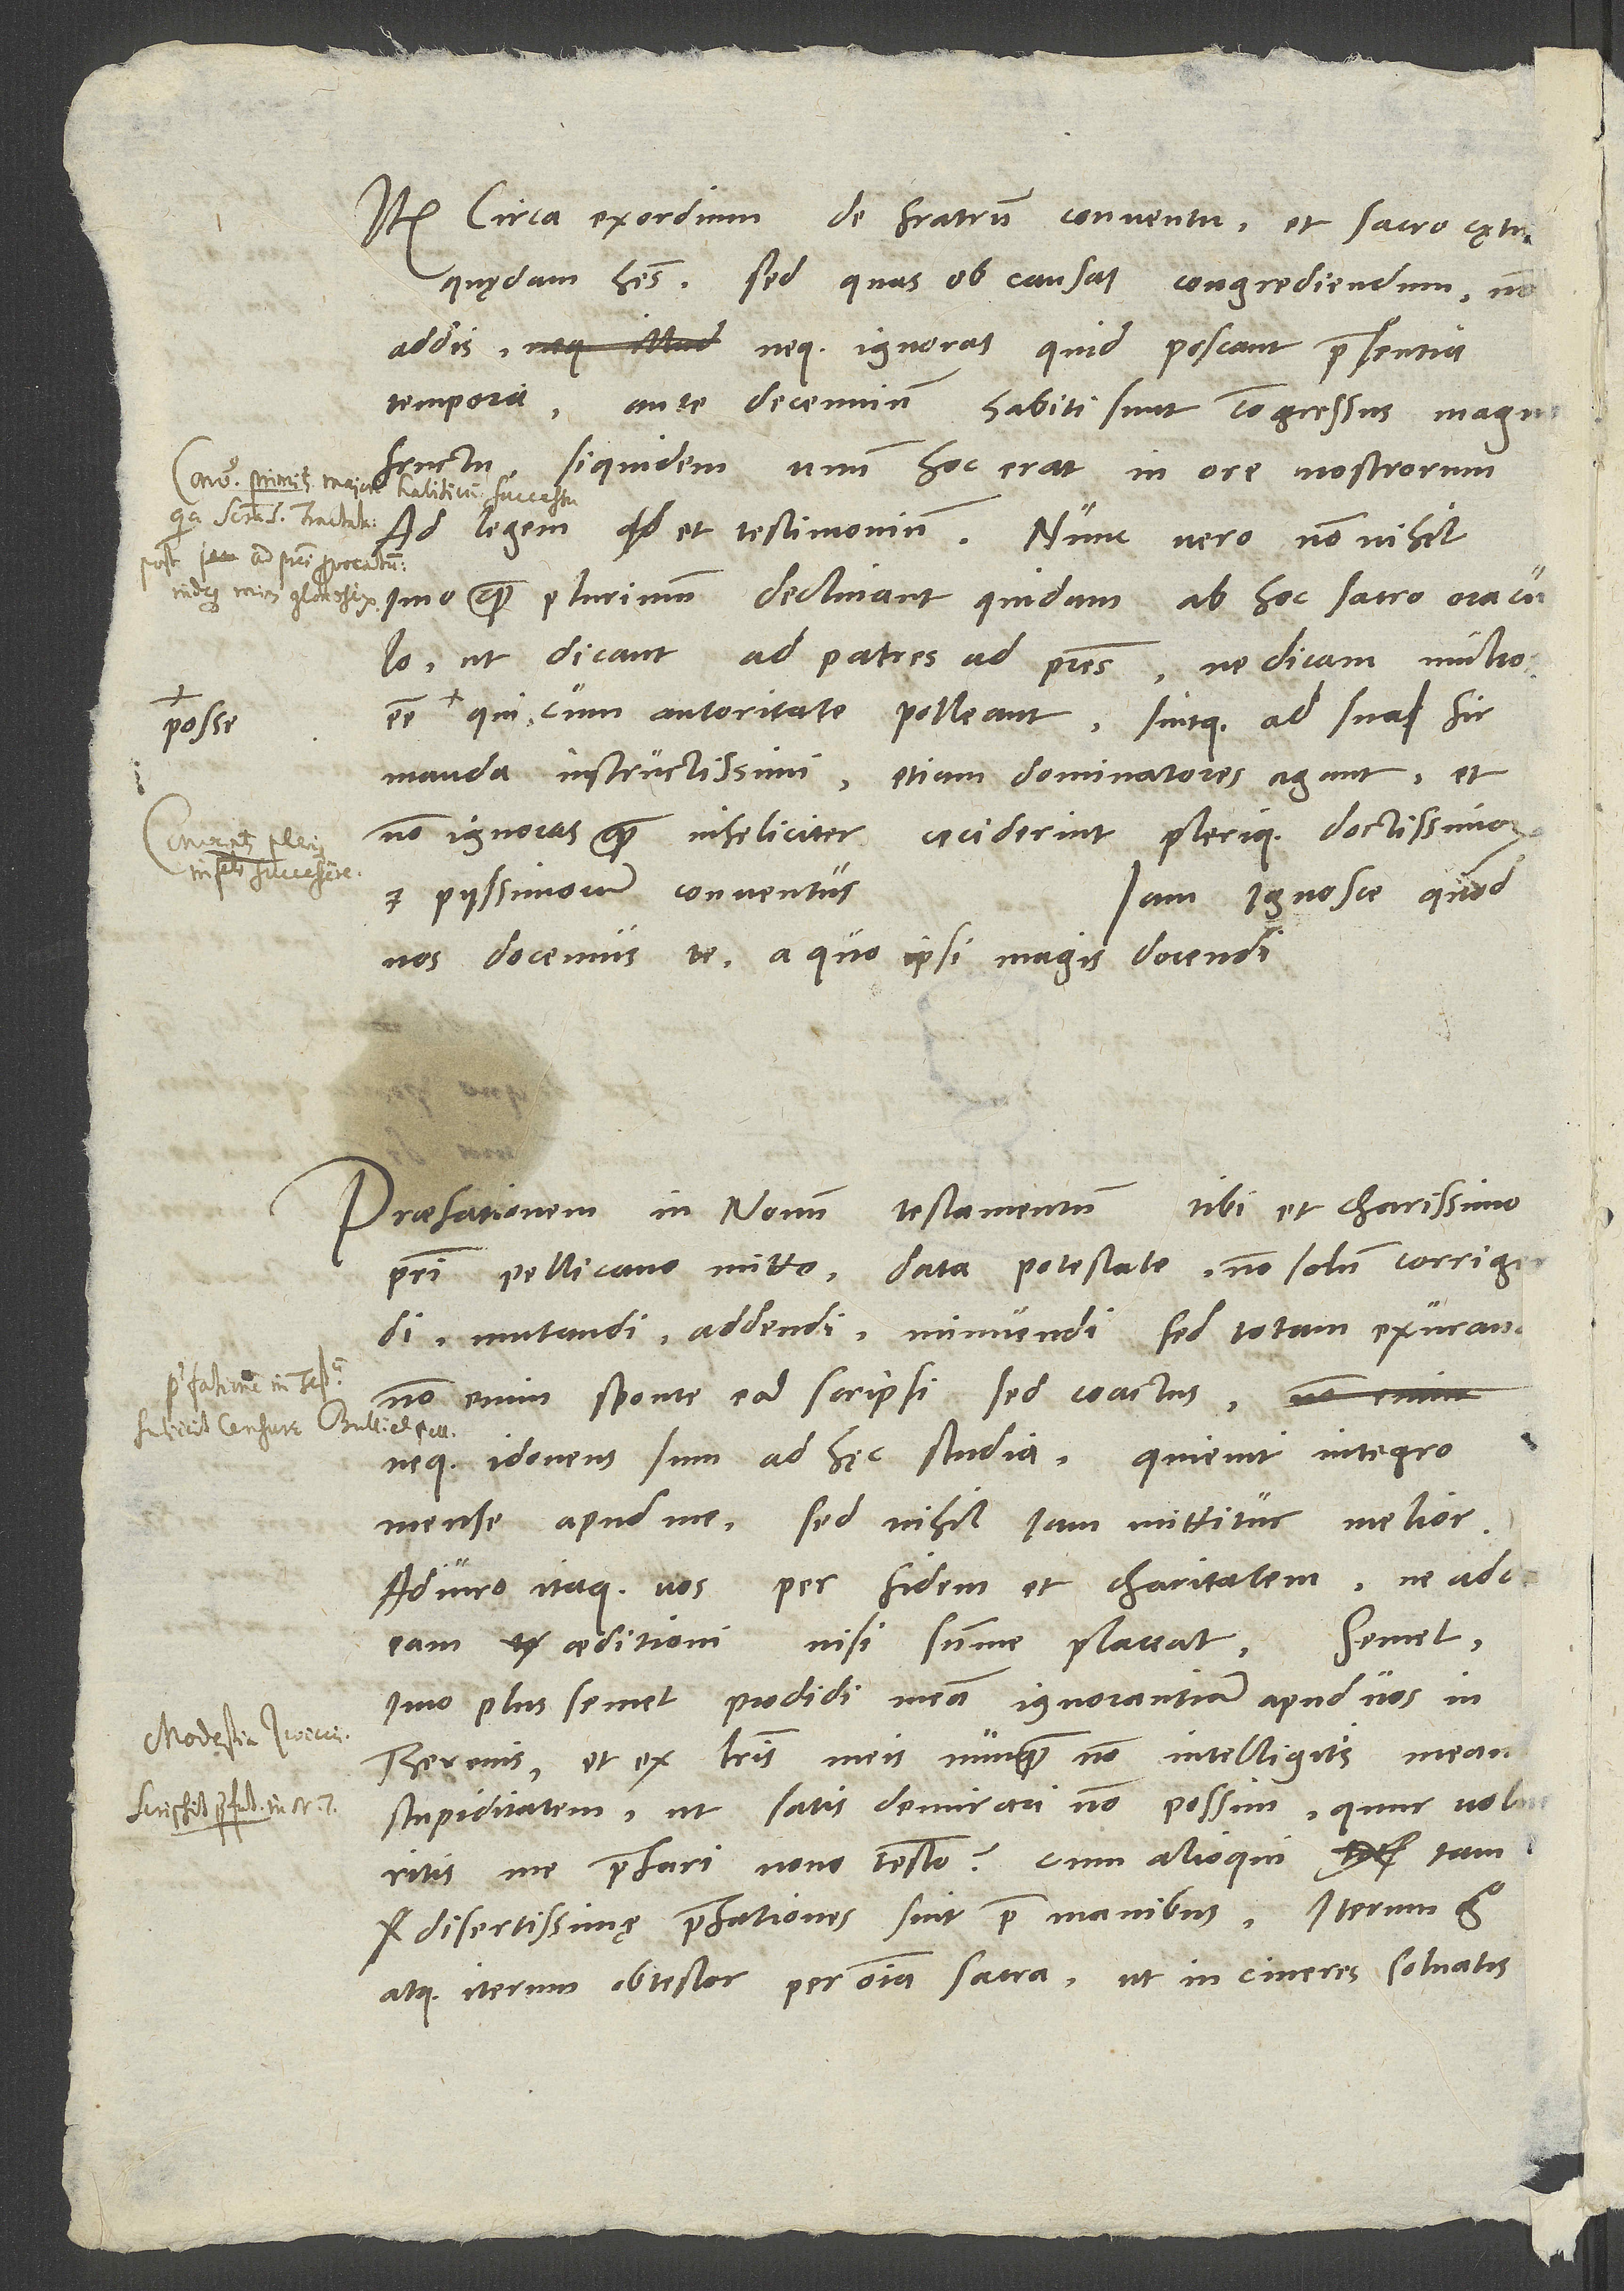
Item circa exordium de fratrum conventu et sacro cętu
quędam habes, sed quas ob causas congrediendum, non
addis neque ignoras, quid poscant praesentia
tempora. Ante decennium habiti sunt congressus mag
qui, cum autoritate polleant sintque ad sua
firmanda instructissimi, etiam dominatores agant, et
non ignoras, quam infeliciter ceciderint plerique doctissimorum
et piissimorum conventus.
Iam ignosce, quod
nos docemus te, a quo ipsi magis docendi.
patri Pellicano mitto data potestate non solum corrigritis
me praefari novo testamento, cum alioqui tam
disertissimę praefationes sint prae manibus. Iterum ergo
atque iterum obtestor per omnia sacra, ut in cineres solvatis,